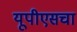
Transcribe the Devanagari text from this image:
यूपीएसचा